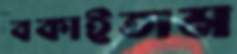
বকাইতাম